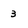
Character: 3